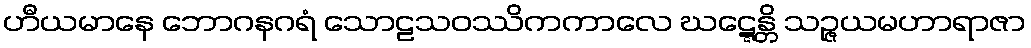
ဟီယမာနေ ဘောဂနဂရံ သောဠသဝဿိကကာလေ ဃဋ္ဋေန္တိ သဉ္ဇယမဟာရာဇာ